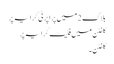
بلاک 2 میں پراپرٹی کرایہ پر
کلفٹن میں فلیٹ کرایہ پر
کلفٹن ۔